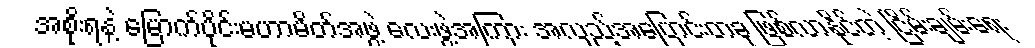
အစိုးရနဲ့ မြောက်ပိုင်းမဟာမိတ်အဖွဲ့ လေးဖွဲ့အကြား အလှည့်အပြောင်းတခု ဖြစ်လာနိုင်တဲ့ ငြိမ်းချမ်းရေး